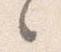
々